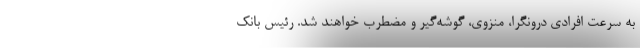
به سرعت افرادی درونگرا، منزوی، گوشه‌گیر و مضطرب خواهند شد. رئیس بانک